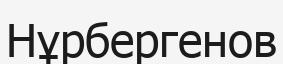
Нұрбергенов